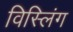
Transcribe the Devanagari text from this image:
विस्लिंग